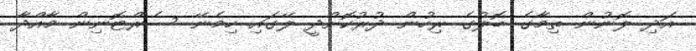
އަދި ލޮނުން ތިމާގެ ބޮލުގެ ރިހުން ދުރުކޮށްދީ ލޭގައި ހިމެނޭ ސެރްޓޮނިން މާއްދާ